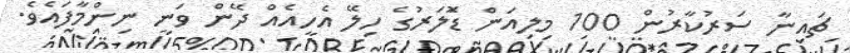
ޗައިނާ ސަރުކާރުން 100 މިލިއަން ޑޮަލަރުގެ ހިލޭ އެހީއެއް ދޭން ވަނީ ނިންމާފައެވެ.